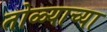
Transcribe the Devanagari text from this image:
तोळ्याच्या